Cholera in southern India
Disease focus: Cholera
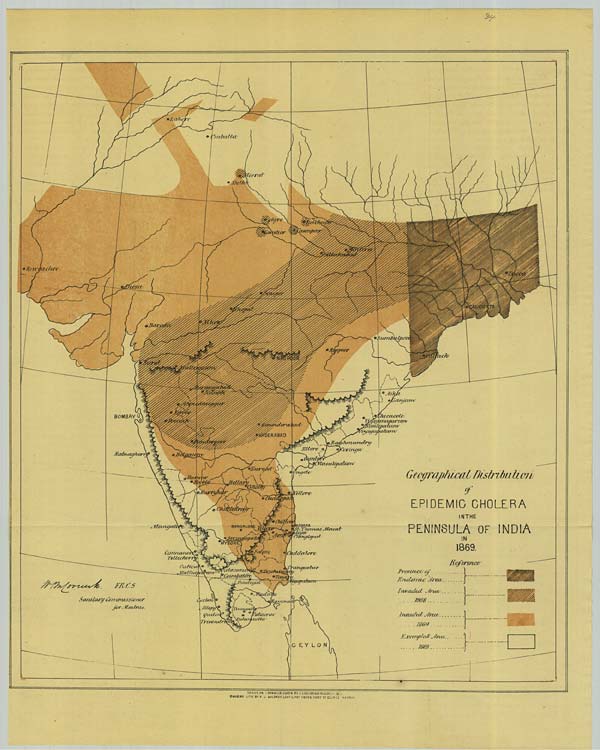
DRAWN ON TRANSFER PAPER BY V. VARDARAJA MOODELY. 1871
CHROMO LITH: BY R.J. BALDREY GOVT. LITHO: PRESS FORT ST. GEORGE MADRAS